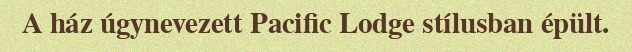
A ház úgynevezett Pacific Lodge stílusban épült.